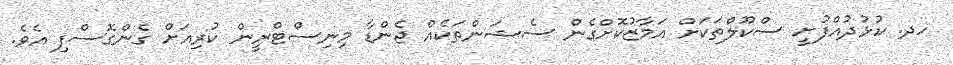
ހދ. ކުޅުދުއްފުށީ ސްކޫލްތަކަށް އަމާޒުކޮށްގެން ސެޝަންތަކެއް ޖެންޑާ މިނިސްޓްރީން ކުރިއަށް ގެންގޮސްފި އެވެ.